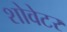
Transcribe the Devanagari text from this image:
शोवेटर